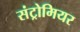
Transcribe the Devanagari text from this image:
संट्रोमियर